Report on lock hospitals in British Burma
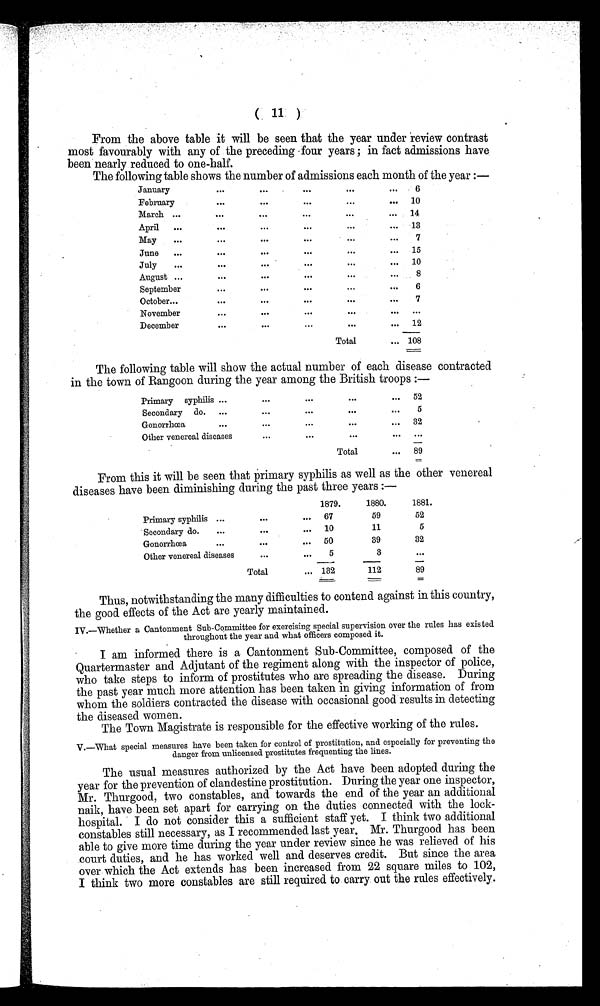
( 11 )
From the above table it will be seen that the year under review contrast
most favourably with any of the preceding four years ; in fact admissions have
been nearly reduced to one-half.
The following table shows the number of admissions each month of the year:—
January
. . .
. . .
. . .
. . .
. . .
6
February
. . .
. . .
. . .
...
. . .
10
March ...
. . .
. . .
. . .
14
April
...
. . .
. . .
. . .
...
. . .
13
May
...
...
. . .
...
...
...
7
June
...
. . .
...
. . .
...
15
July
...
. . .
. . .
. . .
...
. . .
10
August ...
. . .
...
. . .
...
...
8
September
...
. . .
. . .
. . .
6
O ctober...
. . .
. . .
. . .
. . .
. . .
7
November
. . .
. . . ...
. . .
. . .
. . .
December
...
. . .
. . .
12
Total
... 108
The following table will show the actual number of each disease contracted
in the town of Rangoon during the year among the British troops :—
Primary
syphilis ...
...
. . .
. . .
...
52
Secondary
do.
...
. . .
...
. . .
...
5
Gonorrhœa
...
. . .
. . .
. . .
...
32
Other venereal diseases
. . .
. . .
. . .
...
. . .
Total
...
89
From this it will be seen that primary syphilis as well as the other venereal
diseases have been diminishing during the past three years :—
1879.
1880.
1881.
Primary syphilis ...
. . . .
...
67
59
52
Secondary do.
...
. . .
...
10
11
5
Gonorrhoea
...
. . .
...
50
39
32
Other venereal diseases
. . .
Total
...
5
... 132
3
112
. . .
89
Thus, notwithstanding the many difficulties to contend against in this country,
the good effects of the Act are yearly maintained.
IV.—Whether a Cantonment Sub-Committee for exercising special supervision over the rules has existed
throughout the year and what officers composed it.
I am informed there is a Cantonment Sub-Committee, composed of the
Quartermaster and Adjutant of the regiment along with the inspector of police,
who take steps to inform of prostitutes who are spreading the disease. During
the past year much more attention has been taken in giving information of from
whom the soldiers contracted the disease with occasional good results in detecting
the diseased women.
The Town Magistrate is responsible for the effective working of the rules.
V.—What special measures have been taken for control of prostitution, and especially for preventing the
danger from unlicensed prostitutes frequenting the lines.
The usual measures authorized by the Act have been adopted during the
year for the prevention of clandestine prostitution. During the year one inspector,
Mr. Thurgood, two constables, and towards the end of the year an additional
naik, have been set apart for carrying on the duties connected with the lock-
hospital. I do not consider this a sufficient staff yet. I think two additional
constables still necessary, as I recommended last year, Mr. Thurgood has been
able to give more time during the year under review since he was relieved of his
court duties, and he has worked well and deserves credit. But since the area
over which the Act extends has been increased from 22 square miles to 102,
I think two more constables are still required to carry out the rules effectively.